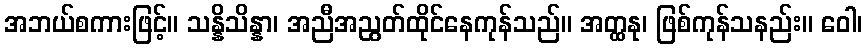
အဘယ်စကားဖြင့်။ သန္နိသိန္နာ၊ အညီအညွတ်ထိုင်နေကုန်သည်။ အတ္ထနု၊ ဖြစ်ကုန်သနည်း။ ဝေါ၊